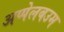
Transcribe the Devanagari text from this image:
अप्पेलबउम